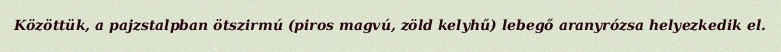
Közöttük, a pajzstalpban ötszirmú (piros magvú, zöld kelyhű) lebegő aranyrózsa helyezkedik el.